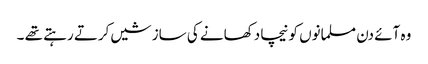
وہ آئے دن مسلمانوں کو نیچا دکھانے کی سازشیں کرتے رہتے تھے ۔